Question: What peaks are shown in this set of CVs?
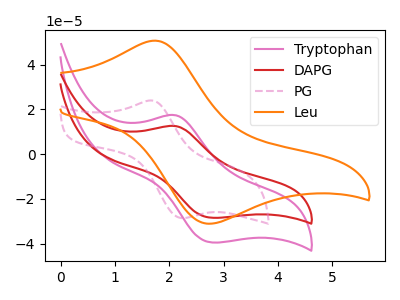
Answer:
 <answer>The pink curve "Tryptophan" has an anodic peak at (2.10V, 17.35uA) and a cathodic peak at (2.80V, -39.55uA). The red curve "DAPG" has an anodic peak at (2.10V, 12.50uA) and a cathodic peak at (2.80V, -28.50uA). The pink dashed curve "PG" has an anodic peak at (1.65V, 23.95uA) and a cathodic peak at (2.25V, -28.65uA). The orange curve "Leu" has an anodic peak at (1.75V, 50.70uA) and a cathodic peak at (2.80V, -31.10uA).</answer>
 <eval></eval>